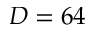
D = 6 4